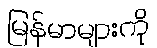
မြန်မာများကို